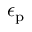
\epsilon _ { \mathrm { { p } } }